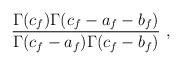
LaTeX: \begin{align*}{\Gamma (c_f)\Gamma (c_f-a_f-b_f)\over \Gamma(c_f-a_f)\Gamma (c_f-b_f)}\ ,\end{align*}